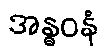
အန္ဓဝနံ